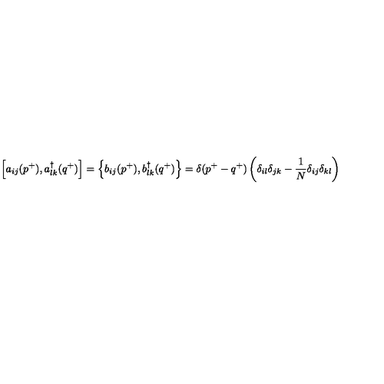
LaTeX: \left[ a _ { i j } ( p ^ { + } ) , a _ { l k } ^ { \dagger } ( q ^ { + } ) \right] = \left\{ b _ { i j } ( p ^ { + } ) , b _ { l k } ^ { \dagger } ( q ^ { + } ) \right\} = \delta ( p ^ { + } - q ^ { + } ) \left( \delta _ { i l } \delta _ { j k } - \frac { 1 } { N } \delta _ { i j } \delta _ { k l } \right)